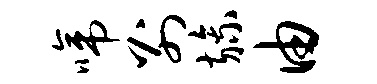
啼别旒由